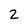
Character: 2